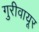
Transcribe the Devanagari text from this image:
गुरीवायूर